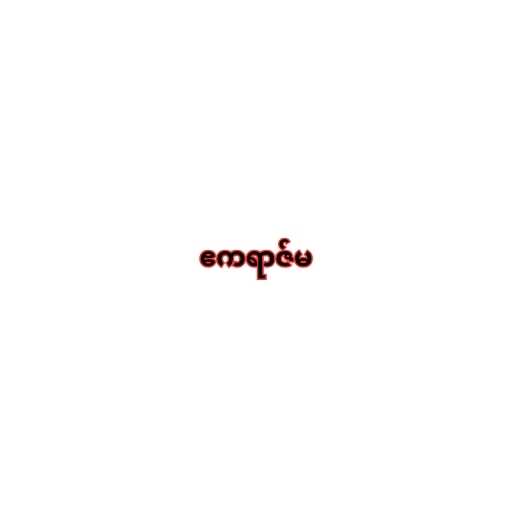
ဧကရာဇ်မ